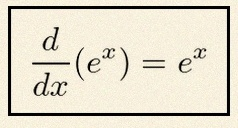
\frac{d}{dx}(e^x)=e^x